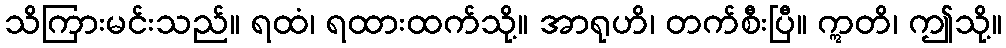
သိကြားမင်းသည်။ ရထံ၊ ရထားထက်သို့။ အာရုဟိ၊ တက်စီးပြီ။ ဣတိ၊ ဤသို့။